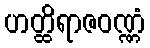
ဟတ္ထိရာဇဝဏ္ဏံ